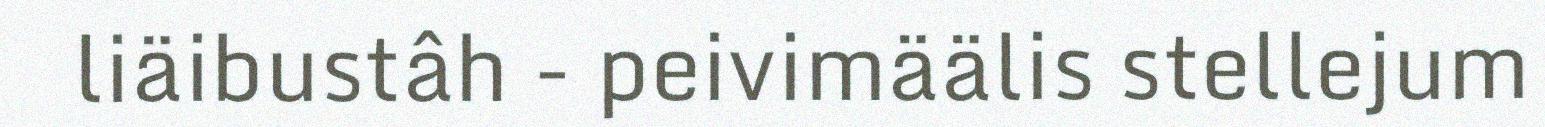
liäibustâh - peivimäälis stellejum